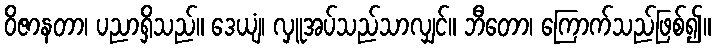
ဝိဇာနတာ၊ ပညာရှိသည်။ ဒေယျံ၊ လှူအပ်သည်သာလျှင်။ ဘီတော၊ ကြောက်သည်ဖြစ်၍။